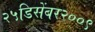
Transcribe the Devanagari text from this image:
२५डिसेंबर२००९